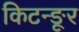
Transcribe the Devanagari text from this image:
किटन्ङूर